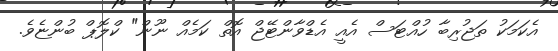
އެކަމަކު ތަޖުރިބާ ހުއްޓަސް އެއީ އެޑްވާންޓޭޖް އޮތް ކަމެއް ނޫން" ކްލޮޕް ބުންޏެވެ.